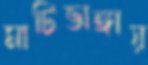
মাটিভাঙ্গায়